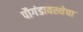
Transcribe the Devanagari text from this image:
पौगंडावस्थेचा